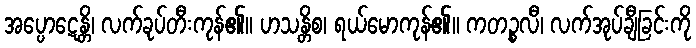
အပ္ပောဋေန္တိ၊ လက်ခုပ်တီးကုန်၏။ ဟသန္တိစ၊ ရယ်မောကုန်၏။ ကတဉ္စလီ၊ လက်အုပ်ချီခြင်းကို